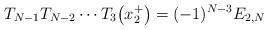
LaTeX: \begin{gather*}T_{N-1} T_{N-2} \cdots T_3 \big(x_2^+\big) = (-1)^{N-3} E_{2,N}\end{gather*}